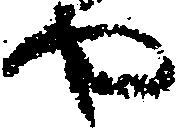
や